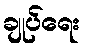
ချုပ်ရေး